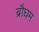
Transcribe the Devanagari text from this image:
ब्रौघम